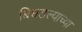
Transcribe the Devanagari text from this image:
बिघडल्याच्या